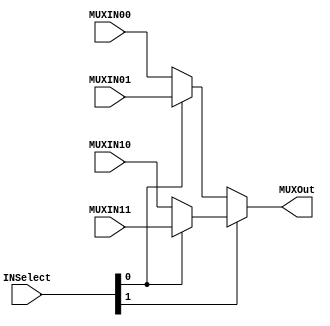
`timescale 1ns / 1ps
//////////////////////////////////////////////////////////////////////////////////
// Company: 
// Engineer: 
// 
// Design Name: 
// Module Name: MUX4
// Project Name: 
// Target Devices: 
// Tool Versions: 
// Description: 
// 
// Dependencies: 
// 
// Revision:
// Revision 0.01 - File Created
// Additional Comments:
// 
//////////////////////////////////////////////////////////////////////////////////


module MUX4#(parameter Size = 32)(
    input [1:0] INSelect,
    input [Size-1:0] MUXIN00,
    input [Size-1:0] MUXIN01,
    input [Size-1:0] MUXIN10,
    input [Size-1:0] MUXIN11,
    output [Size-1:0] MUXOut
    );
    assign MUXOut = INSelect[1] ? (INSelect[0] ? MUXIN11 : MUXIN10) : (INSelect[0] ? MUXIN01 : MUXIN00);
endmodule